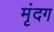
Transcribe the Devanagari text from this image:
मृंदग